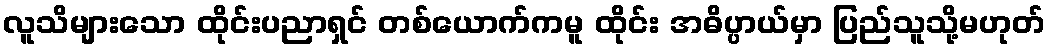
လူသိများသော ထိုင်းပညာရှင် တစ်ယောက်ကမူ ထိုင်း အဓိပ္ပာယ်မှာ ပြည်သူသို့မဟုတ်